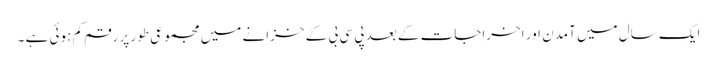
ایک سال میں آمدن اور اخراجات کے بعد پی سی بی کے خزانے میں مجموعی طور پر رقم کم ہوئی ہے ۔